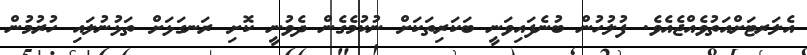
އެލަރޓަށްއަތުވެއްޖެއެވެ. ފުލުހުން ބުނެފައިވަނީ ބަކަރިތަކަށް ނުކުމެގެން ދެވުނީ ކޮށި ރަނގަޅަށް ތަޅުނުލައި ހުރުމުން